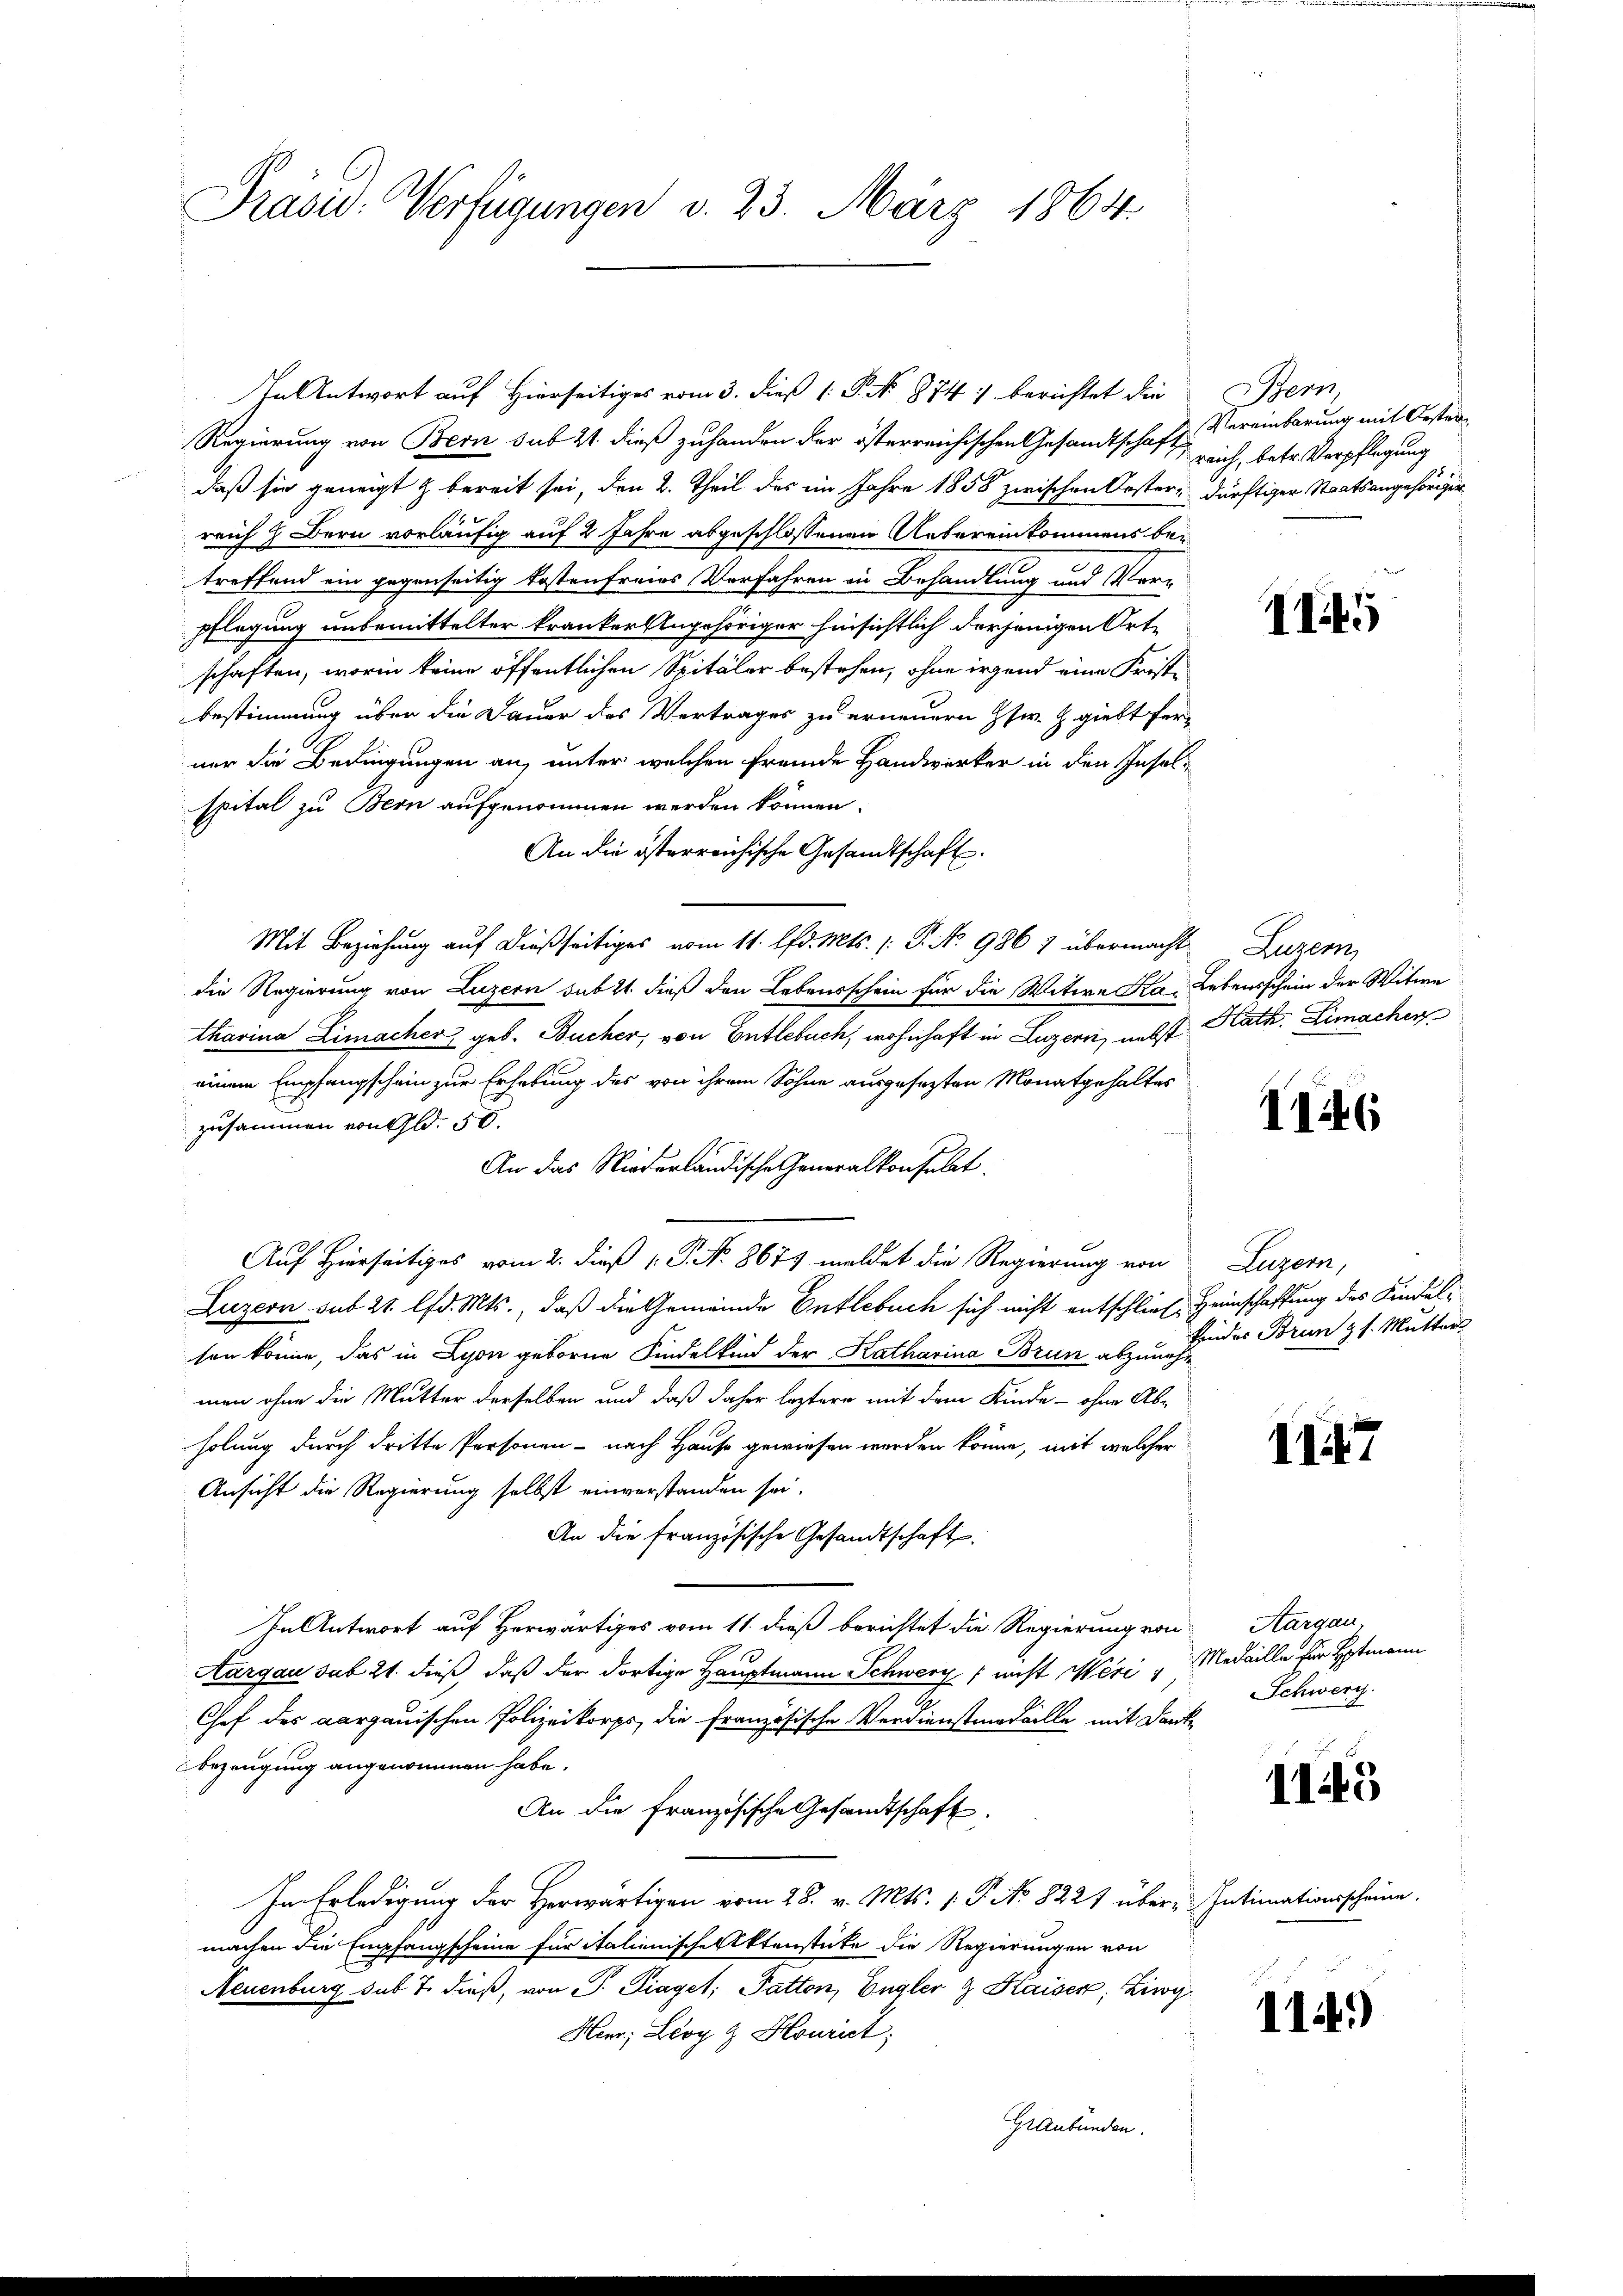
Präsid-Verfügungen v. 23. März 1864.

In Antwort auf Hierseitiges vom 3. dieß 1: P. No 874 berichtet die
Regierung von Bern sub 21. dieß zuhanden der österreichischen Gesandtschaft
daß sie geneigt & bereit sei, den 2. Theil des im Jahre 1858 zwischen Oestern dürftiger Staatsangehöriger
reich 9 Bern vorläufig auf 2 Jahre abgeschlossenen Uebereinkommens betreffend ein gegenseitig kostenfreies Verfahren in Behandlung und Ver-
pflegung unbemittelter kranker Angehöriger hinsichtlich derjenigen Ortschaften, worinn keine öffentlichen Spitäler bestehen, ohne irgend eine Fristbestimmung über die Dauer des Vertrages zu erneuern Gsw. Z. giebt fer-
ner die Bedingungen an, unter welchen fremde Handwerker in den Insolspital zu Bern aufgenommen werden können.
An die österreichische Gesandtschaft.
Mit Beziehung auf dießseitiges vom 11. lfd. Mts. (: P. No 986 1 übermacht Luzern,
die Regierung von Luzern sub 21. dieß den Lebensschein für die Witwe Ka- Lebensschein der Witwe
tharina Limacher geb. Bücher, von Entlebuch, wohnhaft in Luzern, nebst Kath. Limachen
einem Empfangschein zur Erhebung des von ihrem Sohne ausgesezten Monatgehaltes
zusammen von Gld. 50.
An das Niederländische Generalkonsult
Auf Hierseitiges vom 2. dieß v. P. No. 8679 meldet die Regierung von Luzern,
Luzern sub 21. lfd. Mts., daß die Gemeinde Entlebuch sich nicht entschließ Heimschaffung des Kindelsen könne, das in Lyon geborne Kindelkind der Katharina Brun abzunehmen ohne die Mutter derselben und daß daher leztere mit dem Kinde - ohne Abholung durch dritte Personen - nach Hause gewiesen werden könne, mit welcher
Ansicht die Regierung selbst einverstanden sei.
An die französische Gesandtschaft.
In Antwort auf Herwärtiges vom 11. dieß berichtet die Regierung von
Aargau sub 21. dieß, daß der dortige Hauptmann Schwerz (nicht Weri "Medaille für Hptmann
Chef des aargauischen Polizeikorps, die französische Verdienstmedaille mit Dank¬
Bezeugung angenommen habe.
An die Französische Gesandtschaft
In Erledigung der Herwärtigen vom 28. v. Mts. 1. P. No 8221 über Intimationsscheine.
machen die Empfangscheine für italienische Aktenstücke die Regierungen von
Neuenburg sub 7. dieß, von P. Piaget, Patton, Engler & Kaiser, Zing
Her; Lioy & Hourist,
Graubünden.

Bern,
Vereinbarung mit Oesten
reich, betr. Verpflegung

II4

1146

findes Brun gl. Mutter

1147

Aargau,
Schwerz

1145

11.)